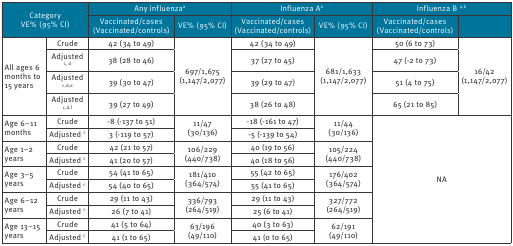
<table><thead><tr><td rowspan="2" colspan="2"><b>Category</b></td><td colspan="2"><b>Any influenza<sup>a</sup></b></td><td colspan="2"><b>Influenza A<sup>a</sup></b></td><td colspan="2"><b>Influenza B <sup>a,b</sup></b></td></tr><tr><td><b>VE% (95% CI)</b></td><td><b>Vaccinated/cases(Vaccinated/controls)</b></td><td><b>VE% (95% CI)</b></td><td><b>Vaccinated/cases(Vaccinated/controls)</b></td><td><b>VE% (95% CI)</b></td><td><b>Vaccinated/cases(Vaccinated/controls)</b></td></tr></thead><tbody><tr><td rowspan="4">All ages 6 months to 15 years</td><td>Crude</td><td>42 (34 to 49)</td><td rowspan="4"> 697/1,675 (1,147/2,077)</td><td>42 (34 to 49)</td><td rowspan="4">681/1,633 (1,147/2,077)</td><td>50 (6 to 73)</td><td rowspan="4">16/42 (1,147/2,077)</td></tr><tr><td>Adjusted <sup>c, d</sup></td><td>38 (28 to 46)</td><td>37 (27 to 45)</td><td>47 (-2 to 73)</td></tr><tr><td>Adjusted <sup>c,d,e</sup></td><td>39 (30 to 47)</td><td>39 (29 to 47)</td><td>51 (4 to 75)</td></tr><tr><td>Adjusted <sup>c,d,f</sup></td><td>39 (27 to 49)</td><td>38 (26 to 48)</td><td>65 (21 to 85)</td></tr><tr><td rowspan="2">Age 6–11 months</td><td>Crude</td><td>-8 (-137 to 51)</td><td rowspan="2">11/47(30/136)</td><td>-18 (-161 to 47)</td><td rowspan="2">11/44 (30/136)</td><td rowspan="10" colspan="2">NA</td></tr><tr><td>Adjusted <sup>c</sup></td><td>3 (-119 to 57)</td><td>-5 (-139 to 54)</td></tr><tr><td rowspan="2">Age 1–2 years</td><td>Crude</td><td>42 (21 to 57)</td><td rowspan="2">106/229(440/738)</td><td>40 (19 to 56)</td><td rowspan="2">105/224 (440/738)</td></tr><tr><td>Adjusted <sup>c</sup></td><td>41 (20 to 57)</td><td>40 (18 to 56)</td></tr><tr><td rowspan="2">Age 3–5 years</td><td>Crude</td><td>54 (41 to 65)</td><td rowspan="2">181/410 (364/574)</td><td>55 (42 to 65)</td><td rowspan="2">176/402 (364/574)</td></tr><tr><td>Adjusted <sup>c</sup></td><td>54 (40 to 65)</td><td>55 (41 to 65)</td></tr><tr><td rowspan="2">Age 6–12 years</td><td>Crude</td><td>29 (11 to 43)</td><td rowspan="2">336/793(264/519)</td><td>29 (11 to 43)</td><td rowspan="2">327/772(264/519)</td></tr><tr><td>Adjusted <sup>c</sup></td><td>26 (7 to 41)</td><td>25 (6 to 41)</td></tr><tr><td rowspan="2">Age 13–15 years</td><td>Crude</td><td>41 (5 to 64)</td><td rowspan="2">63/196(49/110)</td><td>40 (3 to 63)</td><td rowspan="2">62/191(49/110)</td></tr><tr><td>Adjusted <sup>c</sup></td><td>41 (1 to 65)</td><td>41 (0 to 65)</td></tr></tbody></table>